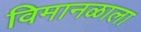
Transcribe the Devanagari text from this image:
विमानळाला